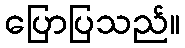
ပြောပြသည်။